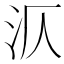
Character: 㳁